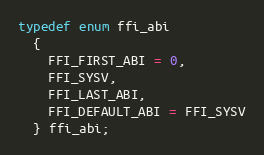
Language: C
typedef enum ffi_abi
  {
    FFI_FIRST_ABI = 0,
    FFI_SYSV,
    FFI_LAST_ABI,
    FFI_DEFAULT_ABI = FFI_SYSV
  } ffi_abi;